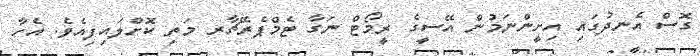
ގޮސް އެނދުގައި އިށީންނަމުން އޭސީގެ ރީމޯޓް ނަގާ ޓެމްޕެރޭޗާރ މަތި ކޮށްލައިފިއެވެ. އެހާ